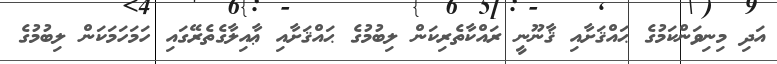
އަދި މިނިވަންކަމުގެ ޙައްޤަށާއި ޤާނޫނީ ރައްކާތެރިކަން ލިބުމުގެ ޙައްޤަށާއި ޢާއިލާގެތެރޭގައި ހަމަހަމަކަން ލިބުމުގެ